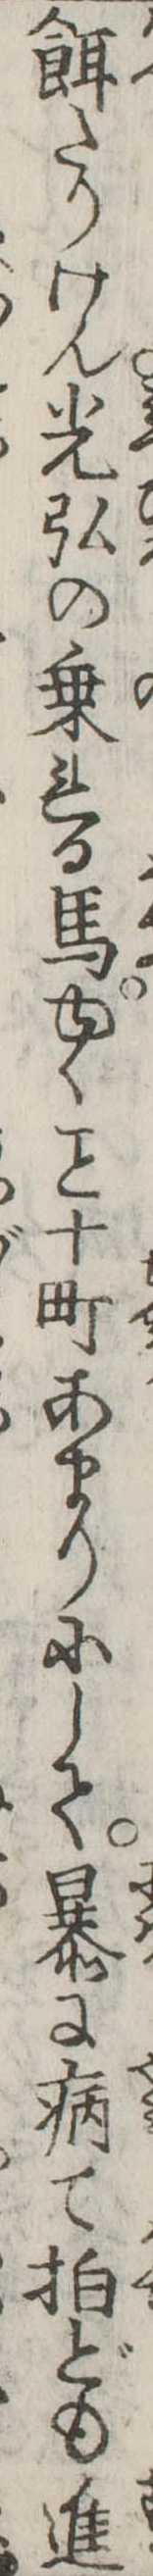
餌たりけん光弘の乗れる馬ゆく十町あまりにして暴に病て拍ども進